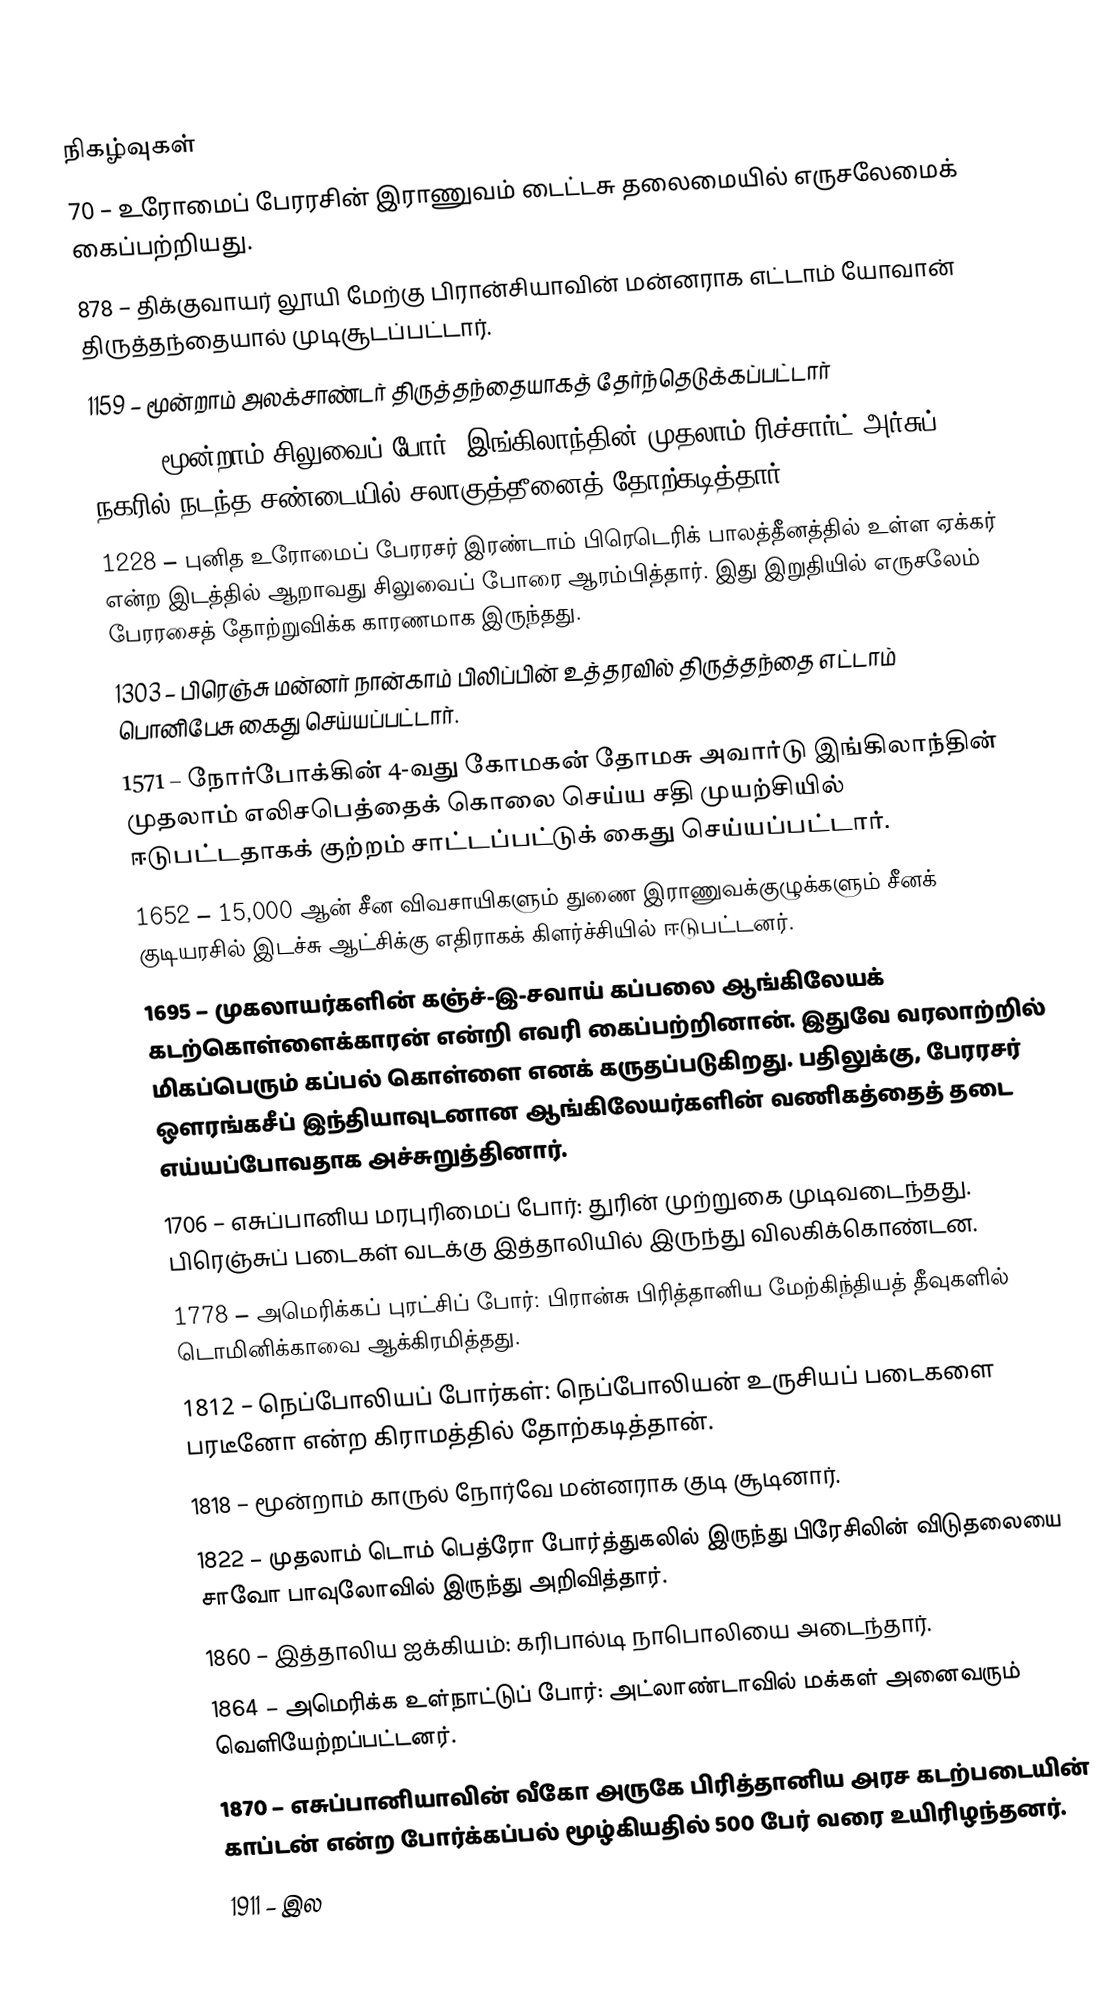

நிகழ்வுகள்
 70 – உரோமைப் பேரரசின் இராணுவம் டைட்டசு தலைமையில் எருசலேமைக் கைப்பற்றியது.
 878 – திக்குவாயர் லூயி மேற்கு பிரான்சியாவின் மன்னராக எட்டாம் யோவான் திருத்தந்தையால் முடிசூடப்பட்டார்.
1159 – மூன்றாம் அலக்சாண்டர் திருத்தந்தையாகத் தேர்ந்தெடுக்கப்பட்டார்
1191 – மூன்றாம் சிலுவைப் போர்: இங்கிலாந்தின் முதலாம் ரிச்சார்ட் அர்சுப் நகரில் நடந்த சண்டையில் சலாகுத்தீனைத் தோற்கடித்தார்.
1228 – புனித உரோமைப் பேரரசர் இரண்டாம் பிரெடெரிக் பாலத்தீனத்தில் உள்ள ஏக்கர் என்ற இடத்தில் ஆறாவது சிலுவைப் போரை ஆரம்பித்தார். இது இறுதியில் எருசலேம் பேரரசைத் தோற்றுவிக்க காரணமாக இருந்தது.
1303 – பிரெஞ்சு மன்னர் நான்காம் பிலிப்பின் உத்தரவில் திருத்தந்தை எட்டாம் பொனிபேசு கைது செய்யப்பட்டார்.
1571 – நோர்போக்கின் 4-வது கோமகன் தோமசு அவார்டு இங்கிலாந்தின் முதலாம் எலிசபெத்தைக் கொலை செய்ய சதி முயற்சியில் ஈடுபட்டதாகக் குற்றம் சாட்டப்பட்டுக் கைது செய்யப்பட்டார்.
1652 – 15,000 ஆன் சீன விவசாயிகளும் துணை இராணுவக்குழுக்களும் சீனக் குடியரசில் இடச்சு ஆட்சிக்கு எதிராகக் கிளர்ச்சியில் ஈடுபட்டனர்.
1695 – முகலாயர்களின் கஞ்ச்-இ-சவாய் கப்பலை ஆங்கிலேயக் கடற்கொள்ளைக்காரன் என்றி எவரி கைப்பற்றினான். இதுவே வரலாற்றில் மிகப்பெரும் கப்பல் கொள்ளை எனக் கருதப்படுகிறது. பதிலுக்கு, பேரரசர் ஔரங்கசீப் இந்தியாவுடனான ஆங்கிலேயர்களின் வணிகத்தைத் தடை எய்யப்போவதாக அச்சுறுத்தினார்.
1706 – எசுப்பானிய மரபுரிமைப் போர்: துரின் முற்றுகை முடிவடைந்தது. பிரெஞ்சுப் படைகள் வடக்கு இத்தாலியில் இருந்து விலகிக்கொண்டன.
1778 – அமெரிக்கப் புரட்சிப் போர்: பிரான்சு பிரித்தானிய மேற்கிந்தியத் தீவுகளில் டொமினிக்காவை ஆக்கிரமித்தது.
1812 – நெப்போலியப் போர்கள்: நெப்போலியன் உருசியப் படைகளை பரடீனோ என்ற கிராமத்தில் தோற்கடித்தான்.
1818 – மூன்றாம் காருல் நோர்வே மன்னராக குடி சூடினார்.
1822 – முதலாம் டொம் பெத்ரோ போர்த்துகலில் இருந்து பிரேசிலின் விடுதலையை சாவோ பாவுலோவில் இருந்து அறிவித்தார்.
1860 – இத்தாலிய ஐக்கியம்: கரிபால்டி நாபொலியை அடைந்தார்.
1864 – அமெரிக்க உள்நாட்டுப் போர்: அட்லாண்டாவில் மக்கள் அனைவரும் வெளியேற்றப்பட்டனர்.
1870 – எசுப்பானியாவின் வீகோ அருகே பிரித்தானிய அரச கடற்படையின் காப்டன் என்ற போர்க்கப்பல் மூழ்கியதில் 500 பேர் வரை உயிரிழந்தனர்.
1911 – இல